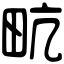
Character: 㽘